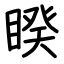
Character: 睽